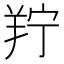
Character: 羜